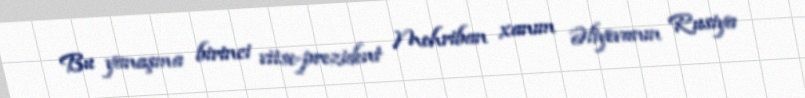
Bu yanaşma birinci vitse-prezident Mehriban xanım Əliyevanın Rusiya